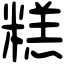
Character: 糕